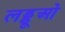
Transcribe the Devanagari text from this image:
लड्डूओं